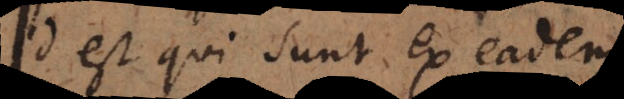
id est qui sunt ex eadem